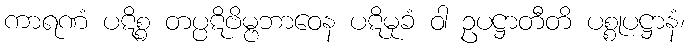
ကာရဏံ ပဋိစ္စ တပ္ပဋိဗိမ္ဗဘာဝေန ပဋိမုခံ ဝါ ဥပဋ္ဌာတီတိ ပစ္စုပဋ္ဌာနံ၊